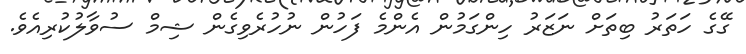
ގޭގެ ހަތަރު ބިތަށް ނަޒަރު ހިންގަމުން އެންމެ ފަހުން ނުހުރެވިގެން ޝިމް ސުވާލުކުރިއެވެ.